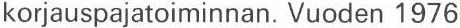
korjauspajatoiminnan. Vuoden 1976